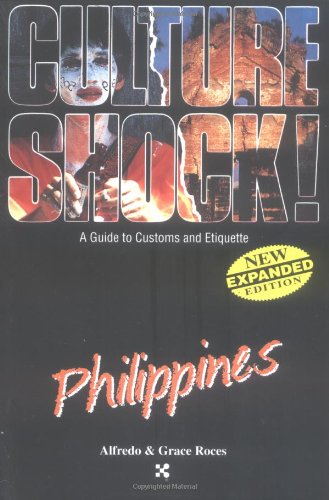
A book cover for Culture Shock! Philippines (Culture Shock! A Survival Guide to Customs & Etiquette); Alfredo Roces; Travel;